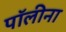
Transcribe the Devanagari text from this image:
पॉलीना